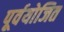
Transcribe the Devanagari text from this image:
पूर्वयोजित